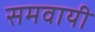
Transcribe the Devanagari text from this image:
समवायी